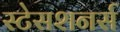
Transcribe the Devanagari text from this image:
स्टेसशनर्स